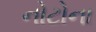
નોટોના